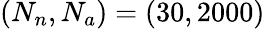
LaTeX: (N_{n},N_{a})=(30,2000)